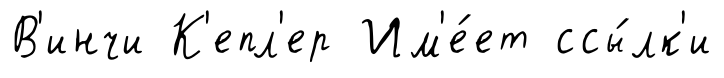
В'инчи К'епл'ер Им'е́ет ссы́лк'и